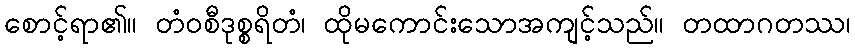
စောင့်ရာ၏။ တံဝစီဒုစ္စရိတံ၊ ထိုမကောင်းသောအကျင့်သည်။ တထာဂတဿ၊